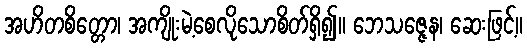
အဟိတစိတ္တော၊ အကျိုးမဲ့စေလိုသောစိတ်ရှိ၍။ ဘေသဇ္ဇေန၊ ဆေးဖြင့်။